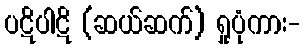
ပဋိပါဋိ (ဆယ်ဆက်) ရှုပုံကား-